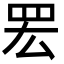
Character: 䍔